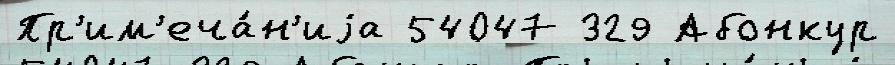
Пр'им'еча́н'иjа 54047 329 Абонкур